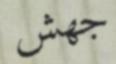
جھش